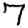
Digit: 7